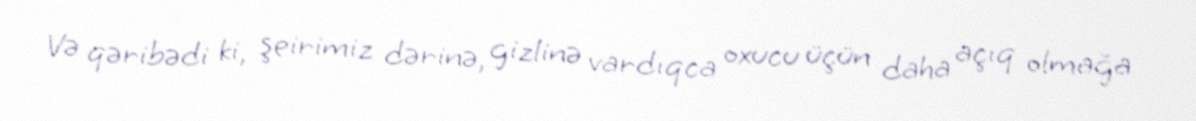
Və qəribədi ki, şeirimiz dərinə, gizlinə vardıqca oxucu üçün daha açıq olmağa